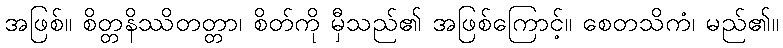
အဖြစ်။ စိတ္တနိဿိတတ္တာ၊ စိတ်ကို မှီသည်၏ အဖြစ်ကြောင့်။ စေတသိကံ၊ မည်၏။